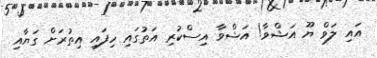
އައި ލަވް ޔޫ އަޝްވާ! އަޝްވާ އިސްކުރި އަތުގައި ހިފައި އިތުރަށް ގަޔާއި